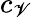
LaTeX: c_{\mathscr{V}}